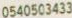
0540503433